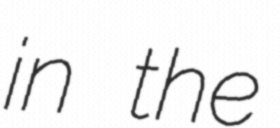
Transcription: in the